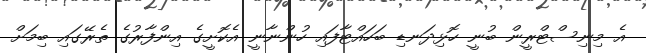
އެ މިނިސްޓްރީން ބުނީ ހޮޅިދަނޑި ބަހައްޓާފައި ހުންނާނީ އެކޮށީގެ އިންފާރުގެ ތެރޭގައި ބިމަށް